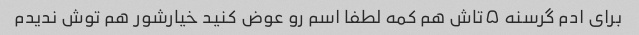
برای ادم گرسنه ۵تاش هم کمه لطفا اسم رو عوض کنید خیارشور هم توش ندیدم